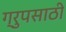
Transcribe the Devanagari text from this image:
ग्रुपसाठी